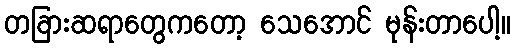
တခြားဆရာတွေကတော့ သေအောင် မုန်းတာပေါ့။